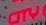
city